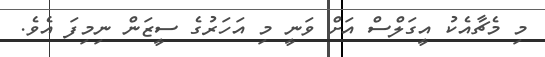
މި މެޗާއެކު އީގަލްސް އަށް ވަނީ މި އަހަރުގެ ސީޒަން ނިމިފަ އެވެ.